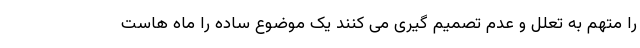
را متهم به تعلل و عدم تصمیم گیری می کنند یک موضوع ساده را ماه هاست